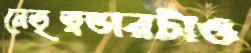
নেতৃত্বভারটাও